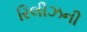
રિલીઝની